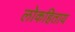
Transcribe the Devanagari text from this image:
लोकहिताय